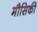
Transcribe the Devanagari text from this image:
मौसिकी